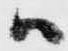
ハ